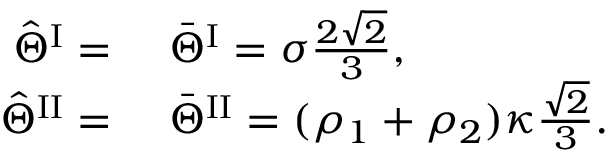
\begin{array} { r l } { \hat { \Theta } ^ { \mathrm { I } } = } & { { } ~ \bar { \Theta } ^ { \mathrm { I } } = \sigma \frac { 2 \sqrt { 2 } } { 3 } , } \\ { \hat { \Theta } ^ { \mathrm { I I } } = } & { { } ~ \bar { \Theta } ^ { \mathrm { I I } } = ( \rho _ { 1 } + \rho _ { 2 } ) \kappa \frac { \sqrt { 2 } } { 3 } . } \end{array}